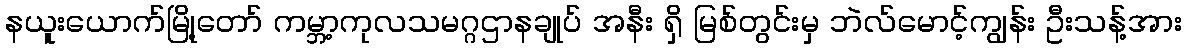
နယူးယောက်မြို့တော် ကမ္ဘာ့ကုလသမဂ္ဂဌာနချုပ် အနီး ရှိ မြစ်တွင်းမှ ဘဲလ်မောင့်ကျွန်း ဦးသန့်အား